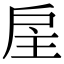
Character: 𢨸